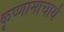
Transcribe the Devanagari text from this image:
कृष्णामाचार्य